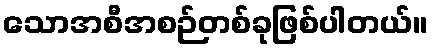
သောအစီအစဉ်တစ်ခုဖြစ်ပါတယ်။